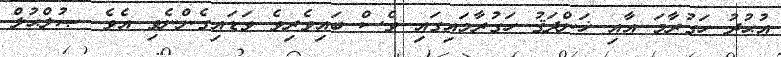
އުޙުދު ހަގުރާމަ އާއި ޚަންދަޤު ހަގުރާމައިގައި ވެސް ބައިވެރިވެ ވަޑައިގެންނެވި އެވެ. ޞުލްޙުލް